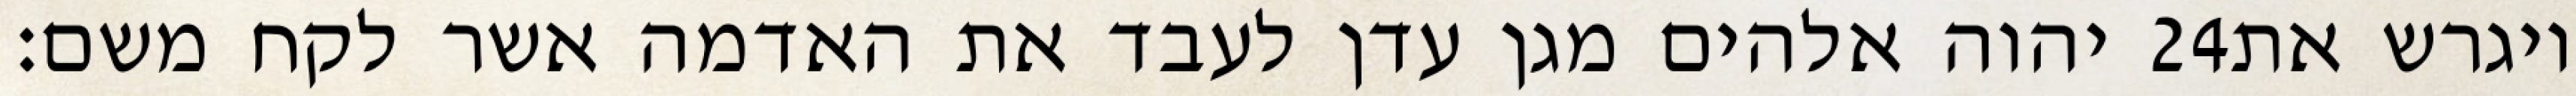
יהוה אלהים מגן עדן לעבד את האדמה אשר לקח משם׃ ‎24‏ ויגרש את